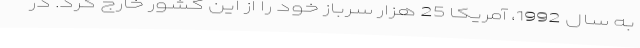
به سال 1992، آمریکا 25 هزار سرباز خود را از این کشور خارج کرد. در